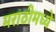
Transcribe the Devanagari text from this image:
मराठीमध्‍ये